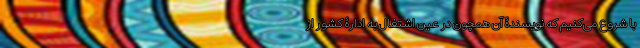
با شروع می‌کنیم که نویسندۀ آن همچون در عین اشتغال به ادارۀ کشور از